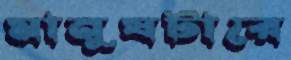
মানুষটারে